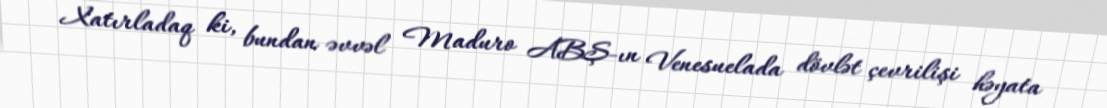
Xatırladaq ki, bundan əvvəl Maduro ABŞ-ın Venesuelada dövlət çevrilişi həyata